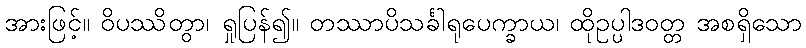
အားဖြင့်။ ဝိပဿိတွာ၊ ရှုပြန်၍။ တဿာပိသင်္ခါရုပေက္ခာယ၊ ထိုဥပ္ပါဒဝတ္တ အစရှိသော